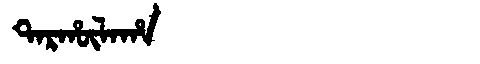
Manchu: ᡨᠠᡵᡥᡡᠯᠠᡥᠠ
Romanization: TARHŪLAHA